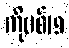
ကိုဗစ်19